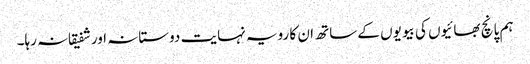
ہم پانچ بھائیوں کی بیویوں کے ساتھ ان کا رویہ نہایت دوستانہ اور شفیقانہ رہا۔